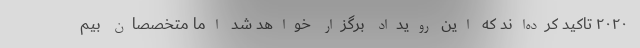
۲۰۲۰ تاکید کرده‌اند که این رویداد برگزار خواهد شد اما متخصصان بیم